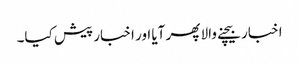
اخبار بیچنے والا پھر آیا اور اخبار پیش کیا۔